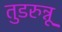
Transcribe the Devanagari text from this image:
तुडरुन्नू